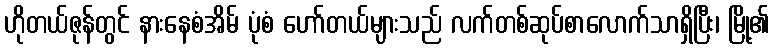
ဟိုတယ်ဇုန်တွင် နားနေစံအိမ် ပုံစံ ဟော်တယ်များသည် လက်တစ်ဆုပ်စာလောက်သာရှိပြီး၊ မြို့၏